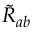
{ \widetilde { R } } _ { a b }